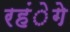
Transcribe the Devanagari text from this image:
रहंेगे